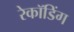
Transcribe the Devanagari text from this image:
रेकॉडिंग